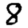
Digit: 8